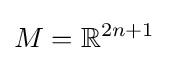
M=\mathbb {R} ^{2n+1}